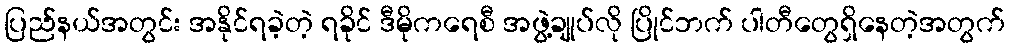
ပြည်နယ်အတွင်း အနိုင်ရခဲ့တဲ့ ရခိုင် ဒီမိုကရေစီ အဖွဲ့ချုပ်လို ပြိုင်ဘက် ပါတီတွေရှိနေတဲ့အတွက်